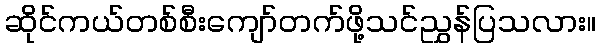
ဆိုင်ကယ်တစ်စီးကျော်တက်ဖို့သင်ညွှန်ပြသလား။